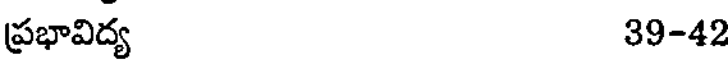
ప్రభావిద్య 39-42